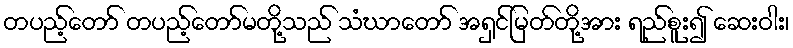
တပည့်တော် တပည့်တော်မတို့သည် သံဃာတော် အရှင်မြတ်တို့အား ရည်စူး၍ ဆေးဝါး၊